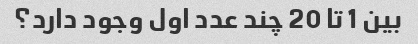
بین 1 تا 20 چند عدد اول وجود دارد؟